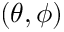
( \theta , \phi )